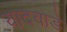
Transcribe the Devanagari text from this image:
यादवाडे